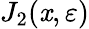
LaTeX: J_{2}(\mathit{x},\varepsilon)